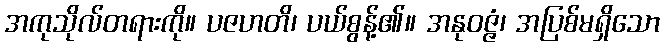
အကုသိုလ်တရားကို။ ပဇဟတိ၊ ပယ်စွန့်၏။ အနုဝဇ္ဇံ၊ အပြစ်မရှိသော